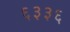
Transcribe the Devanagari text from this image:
६३३६